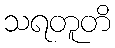
သရတူတိ